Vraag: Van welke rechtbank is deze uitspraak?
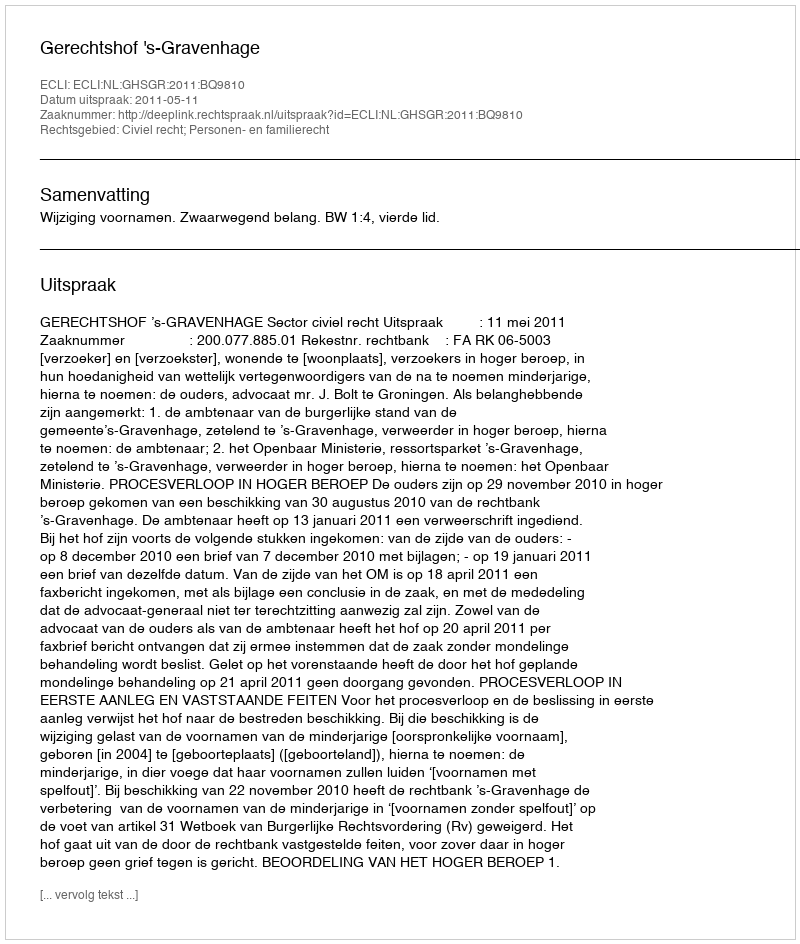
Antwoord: Gerechtshof 's-Gravenhage